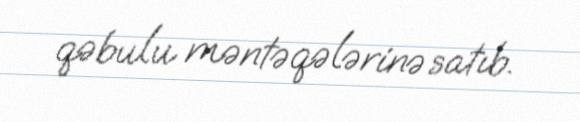
qəbulu məntəqələrinə satıb.